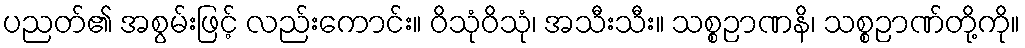
ပညတ်၏ အစွမ်းဖြင့် လည်းကောင်း။ ဝိသုံဝိသုံ၊ အသီးသီး။ သစ္စဉာဏနိ၊ သစ္စဉာဏ်တို့ကို။